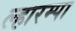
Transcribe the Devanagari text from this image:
ल्हारम्पा